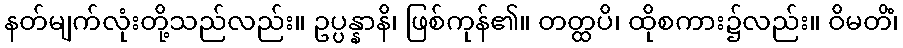
နတ်မျက်လုံးတို့သည်လည်း။ ဥပ္ပန္နာနိ၊ ဖြစ်ကုန်၏။ တတ္ထပိ၊ ထိုစကား၌လည်း။ ဝိမတိံ၊